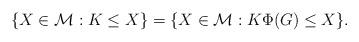
LaTeX: \begin{align*}\{ X\in \mathcal{M} : K\leq X\}& = \{ X\in \mathcal{M} : K\Phi(G)\leq X\}.\end{align*}